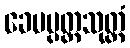
ခေမပ္ပတ္တသုတ္တံ